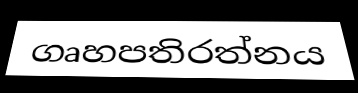
ගෘහපතිරත්නය